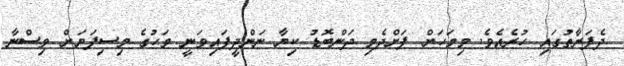
ދެފަރާތުގައި ހުރެއެވެ. މިމަހަށް ފަށްދެމި ދަންބޮޑު ކިޔާ ނަންދީފައިވަނީ މަހުގެ މިސިފަޔަށް ވިސްނާ